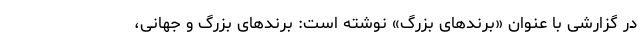
در گزارشی با عنوان «برندهای بزرگ» نوشته است: برندهای بزرگ و جهانی،